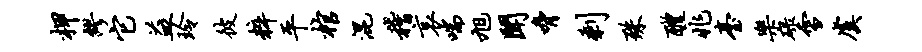
柙缪它益玲彼粹平棺混稽哀喘旭闻胁剩殊醴兆台乐碌雪虞